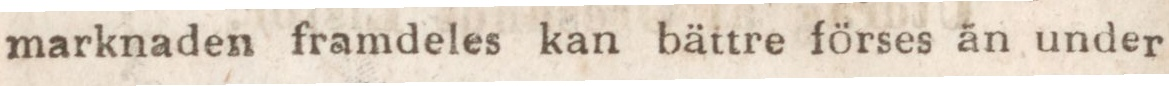
marknaden framdeles kan bättre förses än under